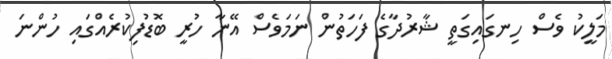
މަލީކު ވެސް ހިނގައިގަތީ ޝާރުދާގެ ފަހަތުން ނަމަވެސް އޭނާ ހުރީ ބޮޑުފިކުރެއްގައި ހުންނަ